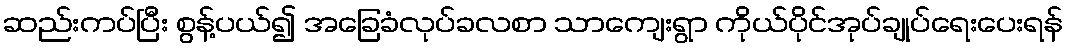
ဆည်းကပ်ပြီး စွန့်ပယ်၍ အခြေခံလုပ်ခလစာ သာကျေးရွာ ကိုယ်ပိုင်အုပ်ချုပ်ရေးပေးရန်